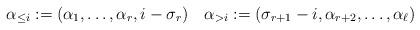
LaTeX: \begin{align*}\alpha_{\leq i}:=(\alpha_1,\ldots,\alpha_r,i-\sigma_r) \quad\alpha_{>i}:=(\sigma_{r+1}-i,\alpha_{r+2},\ldots,\alpha_\ell)\end{align*}